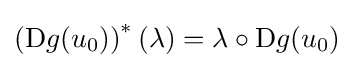
\left(\mathrm {D} g(u_{0})\right)^{*}(\lambda )=\lambda \circ \mathrm {D} g(u_{0})